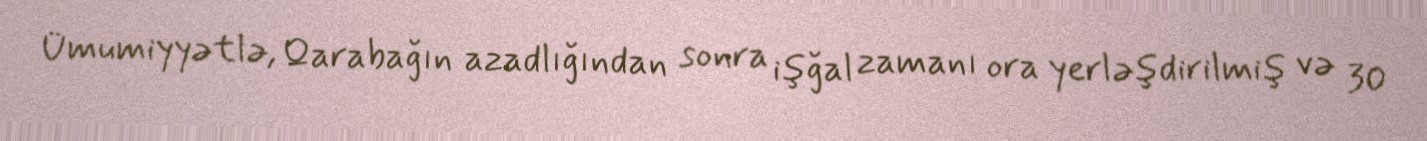
Ümumiyyətlə, Qarabağın azadlığından sonra işğal zamanı ora yerləşdirilmiş və 30